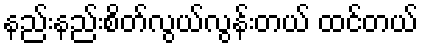
နည်းနည်းစိတ်လွယ်လွန်းတယ် ထင်တယ်